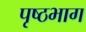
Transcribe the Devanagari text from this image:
पृष्‍ठभाग